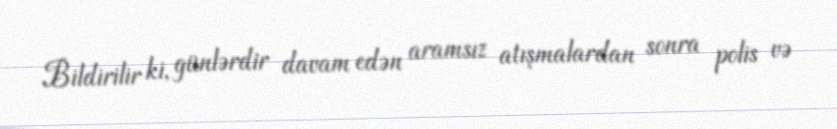
Bildirilir ki, günlərdir davam edən aramsız atışmalardan sonra polis və